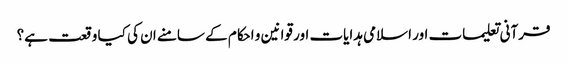
قرآنی تعلیمات اور اسلامی ہدایات اور قوانین و احکام کے سامنے ان کی کیا وقعت ہے؟